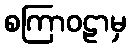
စကြာဝဠာမှ